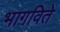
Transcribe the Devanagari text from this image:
भागविते